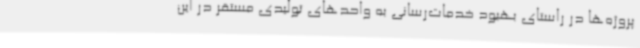
پروژه‌ها در راستای بهبود خدمات‌رسانی به واحدهای تولیدی مستقر در این